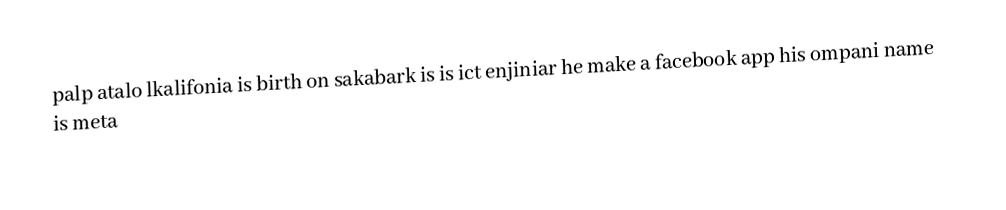
palp atalo lkalifonia is birth on sakabark is is ict enjiniar he make a facebook app his ompani name is meta